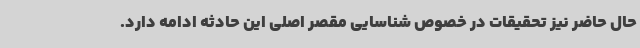
حال حاضر نیز تحقیقات در خصوص شناسایی مقصر اصلی این حادثه ادامه دارد.